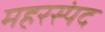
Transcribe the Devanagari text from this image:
महरस्पंद